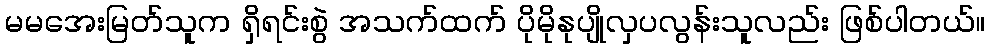
မမအေးမြတ်သူက ရှိရင်းစွဲ အသက်ထက် ပိုမိုနုပျိုလှပလွန်းသူလည်း ဖြစ်ပါတယ်။